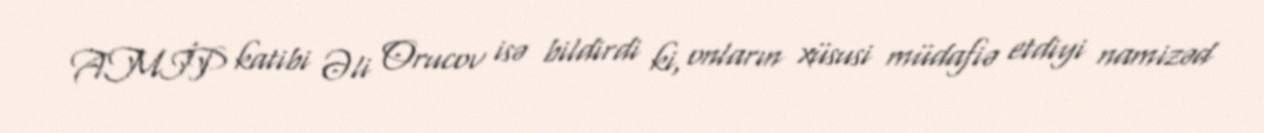
AMİP katibi Əli Orucov isə bildirdi ki, onların xüsusi müdafiə etdiyi namizəd